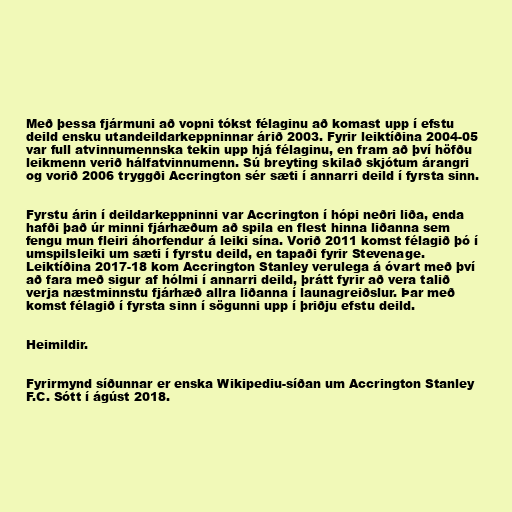
Með þessa fjármuni að vopni tókst félaginu að komast upp í efstu
deild ensku utandeildarkeppninnar árið 2003. Fyrir leiktíðina 2004-05
var full atvinnumennska tekin upp hjá félaginu, en fram að því höfðu
leikmenn verið hálfatvinnumenn. Sú breyting skilað skjótum árangri
og vorið 2006 tryggði Accrington sér sæti í annarri deild í fyrsta sinn.

Fyrstu árin í deildarkeppninni var Accrington í hópi neðri liða, enda
hafði það úr minni fjárhæðum að spila en flest hinna liðanna sem
fengu mun fleiri áhorfendur á leiki sína. Vorið 2011 komst félagið þó í
umspilsleiki um sæti í fyrstu deild, en tapaði fyrir Stevenage.
Leiktíðina 2017-18 kom Accrington Stanley verulega á óvart með því
að fara með sigur af hólmi í annarri deild, þrátt fyrir að vera talið
verja næstminnstu fjárhæð allra liðanna í launagreiðslur. Þar með
komst félagið í fyrsta sinn í sögunni upp í þriðju efstu deild.

Heimildir.

Fyrirmynd síðunnar er enska Wikipediu-síðan um Accrington Stanley
F.C. Sótt í ágúst 2018.